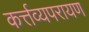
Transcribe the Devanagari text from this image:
कर्त्तव्यपरायण